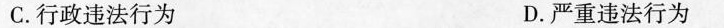
C.行政违法行为 D.严重违法行为